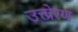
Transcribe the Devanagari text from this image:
उत्त्प्रेरण